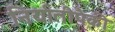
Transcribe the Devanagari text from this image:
निर्यातीपैकी